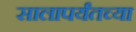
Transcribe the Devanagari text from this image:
सालापर्यंतच्या